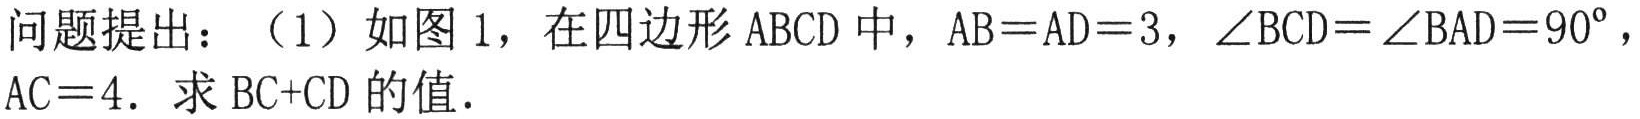
问题提出：（1）如图 1，在四边形 \(ABCD\) 中，\(AB = AD = 3\)，\(\angle BCD=\angle BAD = 90^{\circ}\)，\(AC = 4\). 求 \(BC + CD\) 的值.